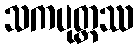
သကပုတ္တဿ